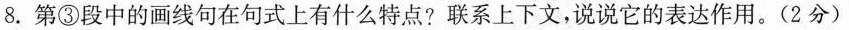
8.第③段中的画线句在句式上有什么特点？联系上下文，说说它的表达作用。（2分）